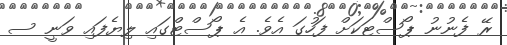
ރޭ ފެނުނު ޕޯސްޓަކަށް ފަހުގަ އެވެ. އެ ޕޯސްޓްގައި ލިޔެފައި ވަނީ ސ